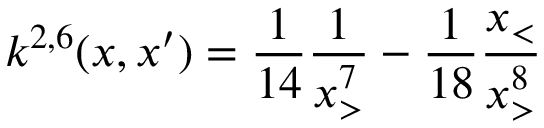
k ^ { 2 , 6 } ( x , x ^ { \prime } ) = \frac { 1 } { 1 4 } \frac { 1 } { x _ { > } ^ { 7 } } - \frac { 1 } { 1 8 } \frac { x _ { < } } { x _ { > } ^ { 8 } }